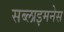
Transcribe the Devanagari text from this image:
सब्लाइमनेस